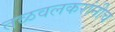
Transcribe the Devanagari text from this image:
तळवलकरांनीच